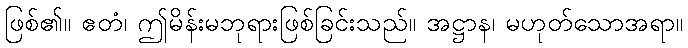
ဖြစ်၏။ ဧတံ၊ ဤမိန်းမဘုရားဖြစ်ခြင်းသည်။ အဋ္ဌာန၊ မဟုတ်သောအရာ။